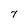
Character: 7